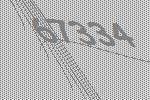
67334